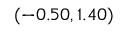
( - 0 . 5 0 , 1 . 4 0 )